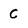
Character: C